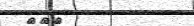
١٢٥